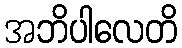
အဘိပါလေတိ